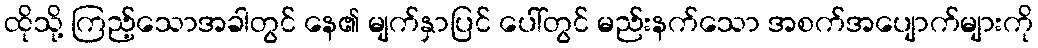
ထိုသို့ ကြည့်သောအခါတွင် နေ၏ မျက်နှာပြင် ပေါ်တွင် မည်းနက်သော အစက်အပျောက်များကို